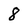
Character: 8